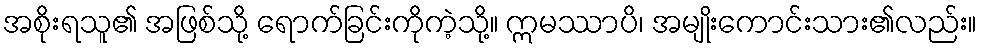
အစိုးရသူ၏ အဖြစ်သို့ ရောက်ခြင်းကိုကဲ့သို့။ ဣမဿာပိ၊ အမျိုးကောင်းသား၏လည်း။